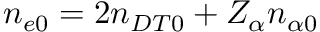
n _ { e 0 } = 2 n _ { D T 0 } + Z _ { \alpha } n _ { \alpha 0 }